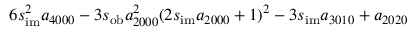
6 s _ { \mathrm { i m } } ^ { 2 } a _ { 4 0 0 0 } - 3 s _ { \mathrm { o b } } a _ { 2 0 0 0 } ^ { 2 } ( 2 s _ { \mathrm { i m } } a _ { 2 0 0 0 } + 1 ) ^ { 2 } - 3 s _ { \mathrm { i m } } a _ { 3 0 1 0 } + a _ { 2 0 2 0 }